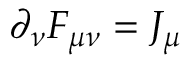
\partial _ { \nu } F _ { \mu \nu } = J _ { \mu }